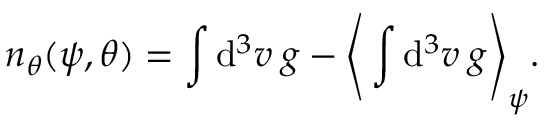
n _ { \theta } ( \psi , \theta ) = \int \mathrm { d } ^ { 3 } v \: g - \Bigg \langle \int \mathrm { d } ^ { 3 } v \: g \Bigg \rangle _ { \psi } .